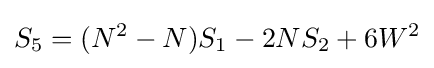
S_{5}=(N^{2}-N)S_{1}-2NS_{2}+6W^{2}